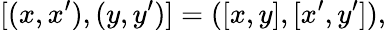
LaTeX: [(x,x^{\prime}),(y,y^{\prime})]=([x,y],[x^{\prime},y^{\prime}]),